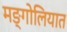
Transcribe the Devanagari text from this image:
मङ्गोलियात